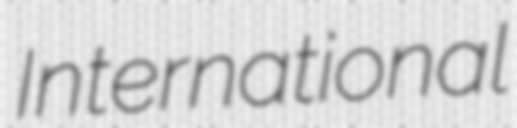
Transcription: International